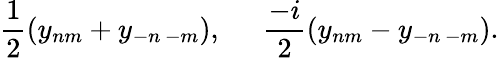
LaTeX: \frac{1}{2}\left(y_{nm}+y_{-n\, -m}\right),\; \; \; \; \; \frac{-i}{2}\left(y_{nm}-y_{-n\, -m}\right).